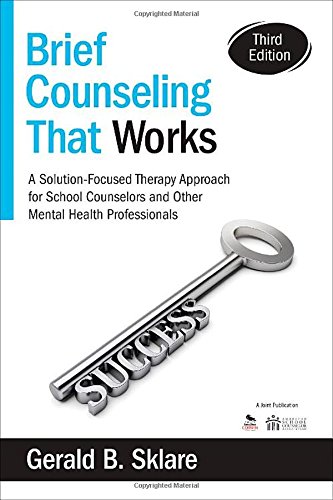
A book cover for Brief Counseling That Works: A Solution-Focused Therapy Approach for School Counselors and Other Mental Health Professionals; Gerald B. (Bennett) Sklare; Education & Teaching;